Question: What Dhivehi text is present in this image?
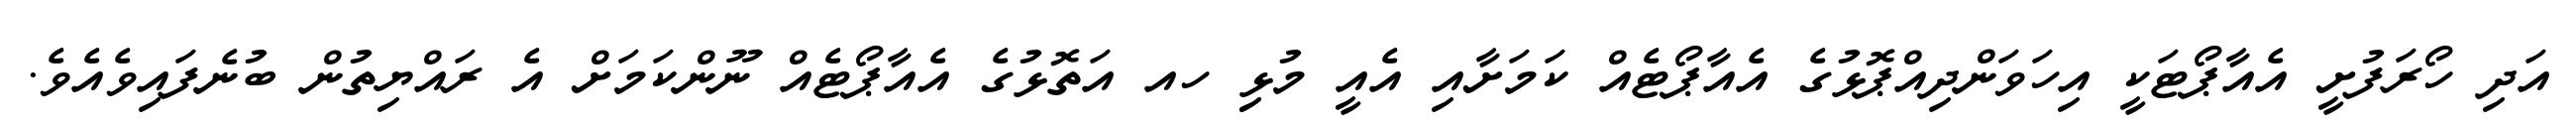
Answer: އަދި ހޯރަފުށީ އެއާޕޯޓަކީ އިހަވަންދިއްޕޮޅުގެ އެއާޕޯޓެއް ކަމަށާއި އެއީ މުޅިި ހއ އަތޮޅުގެ އެއާޕޯޓެއް ނޫންކަމަށް އެ ރައްޔިތުން ބުނެފައިވެއެވެ.